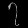
Digit: ၇